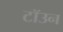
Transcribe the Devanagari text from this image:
टॉउन